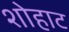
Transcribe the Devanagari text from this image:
शोहाट